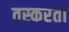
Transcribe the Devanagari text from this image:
तस्करता